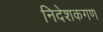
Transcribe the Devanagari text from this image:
निदेशकगण